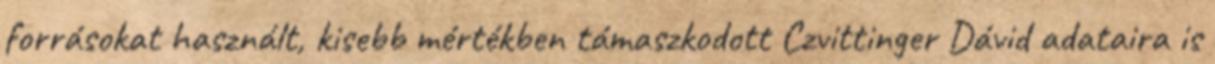
forrásokat használt, kisebb mértékben támaszkodott Czvittinger Dávid adataira is